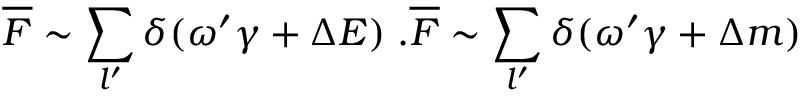
\overline { { { \cal F } } } \sim \sum _ { l ^ { \prime } } \delta ( \omega ^ { \prime } \gamma + \Delta E ) \; . \overline { { { \cal F } } } \sim \sum _ { l ^ { \prime } } \delta ( \omega ^ { \prime } \gamma + \Delta m )